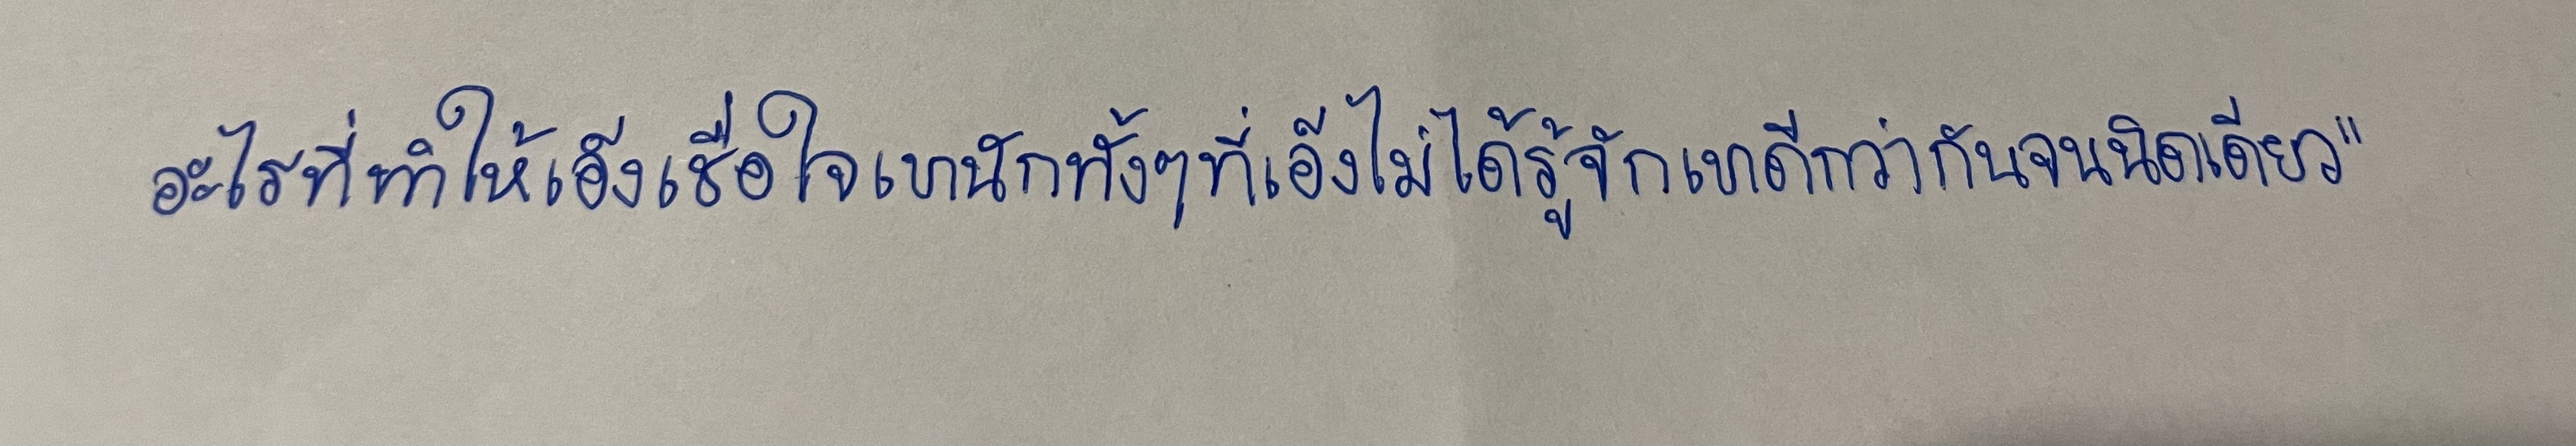
อะไรทำให้เอ็งเชื่อใจเขานักทั้งๆที่เอ็งไม่ได้รู้จักเขาดีกว่ากันจนนิดเดียว"